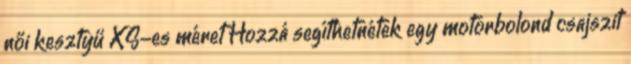
női kesztyű XS-es méret Hozzá segíthetnétek egy motorbolond csajszit